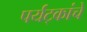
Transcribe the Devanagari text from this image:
पर्यट्कांचे